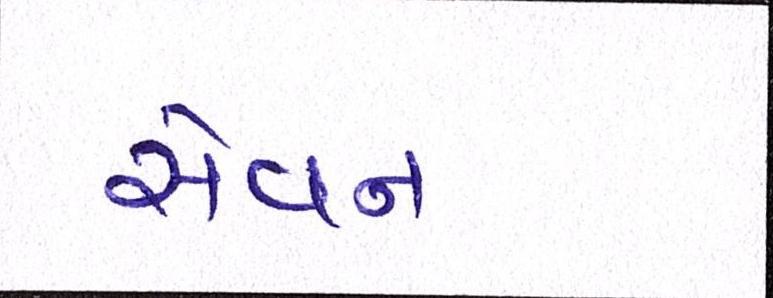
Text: સેવન